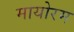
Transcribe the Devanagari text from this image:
मायोरम